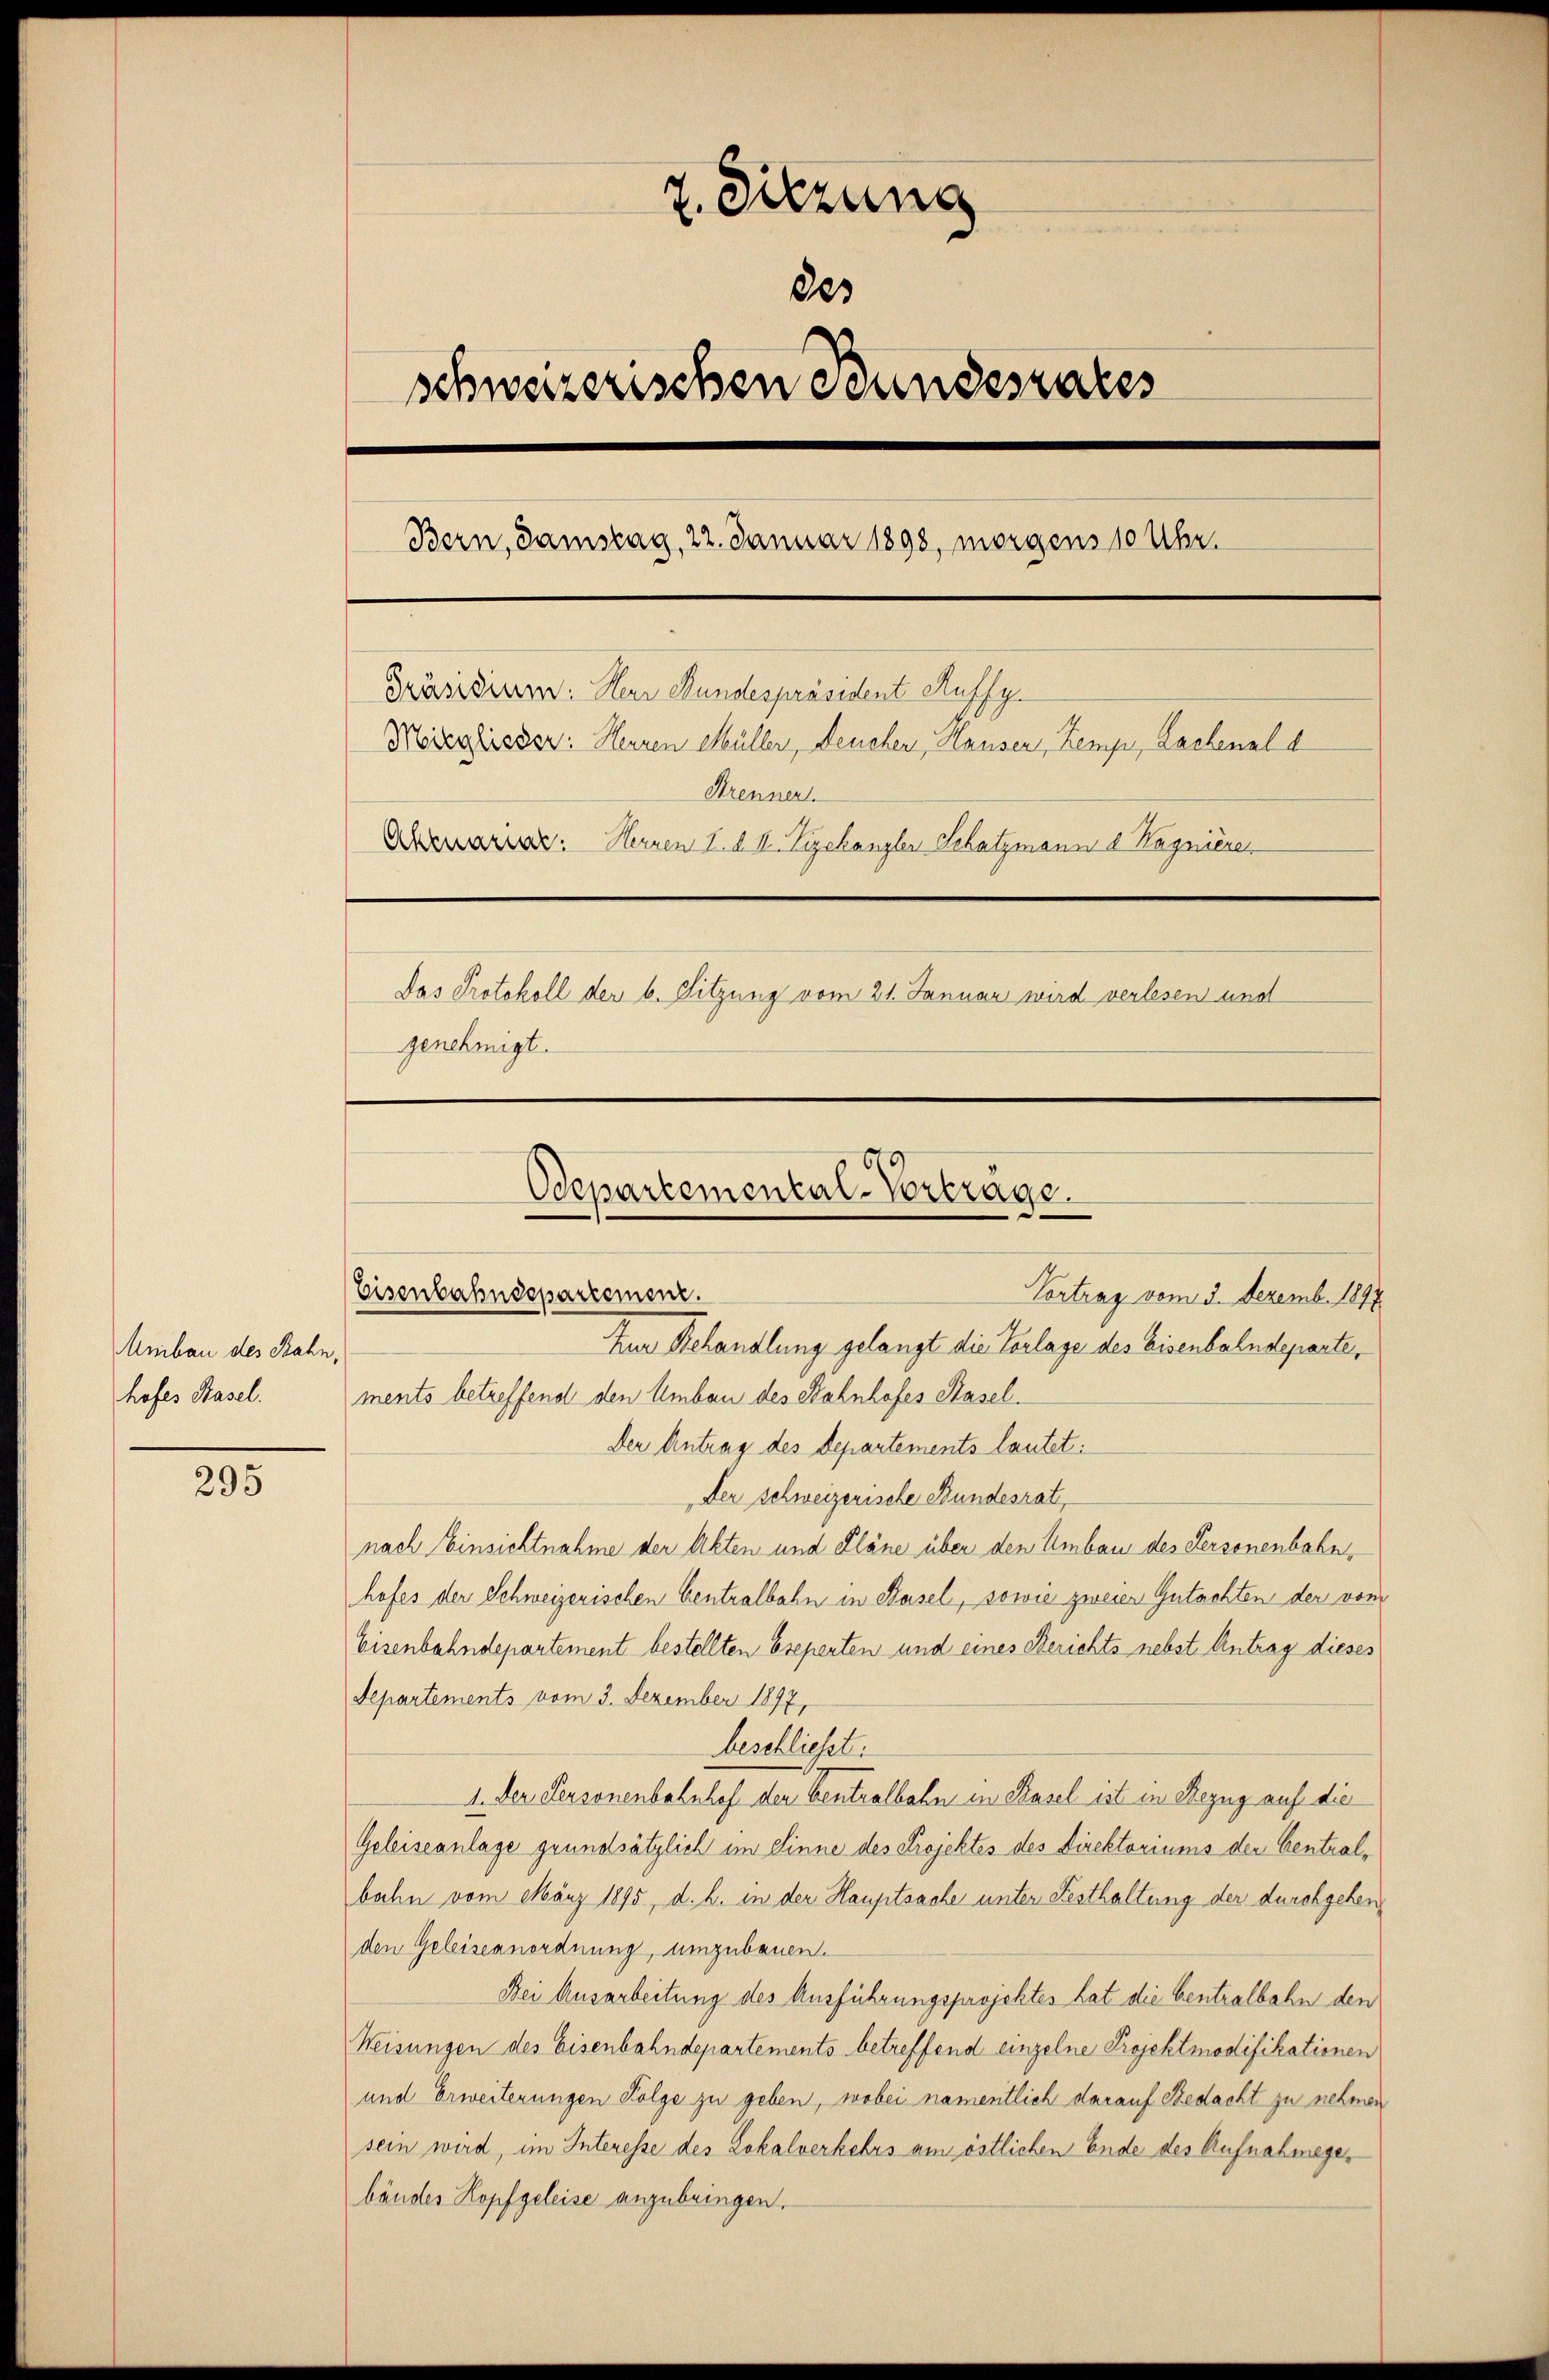
Umbau des Bahn,
hofes Hasel.

295

7. Sitzung
des
schweizerischen Bundesrates
Bern, damstag, 22. Januar 1898, morgens 10 Uhr.
Präsidium. Der Bundespräsident Auffy.
Moreglieder: Herren Müller, Deucher, Hauser, Kemp, Lachenal d
Strennert.
Akeraris. Herren 1. d. II. Vizekanzler Schatzmann d. Kagnieren
Das Protokoll der b. Sitzung vom 21. Januar wird verlesen und
genehmigt.

Odepartemental-Vortrage.
Eisenbahndepartement.
Vortrag vom 3. Dezemb. 1897
Zur Behandlung gelangt die Vorlage des Eisenbahndeparte,
ments betreffend den Umbau des Bahnhofes Basel¬

Der Antrag des Departements lautet:
Der Schweizerische Bundesrat,
nach Einsichtnahme der Akten und Pläne über den Umbau des Personenbahnhofes der Schweizerischen Centralbahn in Basel, sowie zweier Gutachten der von
Eisenbahndepartement bestellten breperten und eines Berichts nebst Antrag dieses
Separtements vom 3. Dezember 1897.
beschliesst.
1. Der Personenbahnhof der Centralbahn in Basel ist in Bezug auf die
Geleiseanlage grundsätzlich im Sinne des Projektes des Direktoriums der Centralbahn vom März 1895, d. h. in der Hauptsache unter Festhaltung der durchgehenden Geleiseanordnung, umzubauen.
Bei Ausarbeitung des Ausführungsprojektes hat die Centralbahn den
Weisungen des Eisenbahndepartements betreffend einzelne Projektmodifikationen
und Erweiterungen Folge zu geben, wobei namentlich darauf Bedacht zu nehmen
sein wird, im Interesse des Lokalverkehrs am östlichen Ende des Aufnahmege,
bänder Kopf geleise anzubringen.